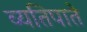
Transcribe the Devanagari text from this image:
व्यतिपाते